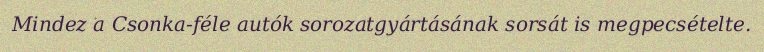
Mindez a Csonka-féle autók sorozatgyártásának sorsát is megpecsételte.